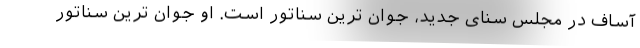
آساف در مجلس سنای جدید، جوان ترین سناتور است. او جوان ترین سناتور